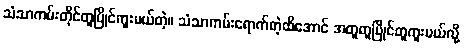
သံသာကမ်းတိုင်တူပြိုင်ကူးမယ်တဲ့။ သံသာကမ်းရောက်တဲ့ထိအောင် အတူတူပြိုင်တူကူးမယ်လို့